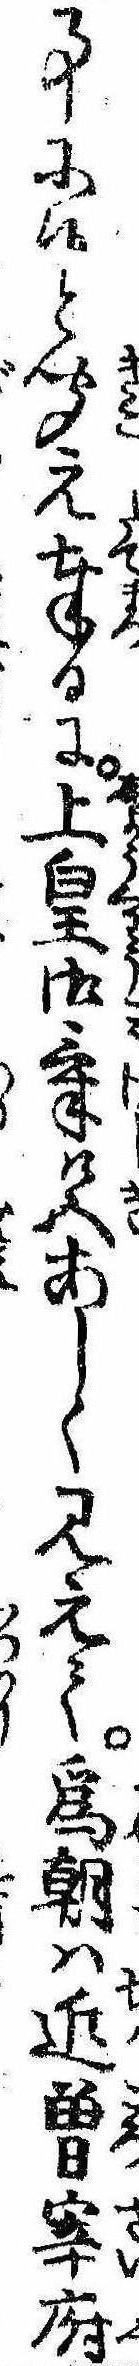
事に侯と聞え奉るに上皇御気色あしく見えて為朝は近曽宰府